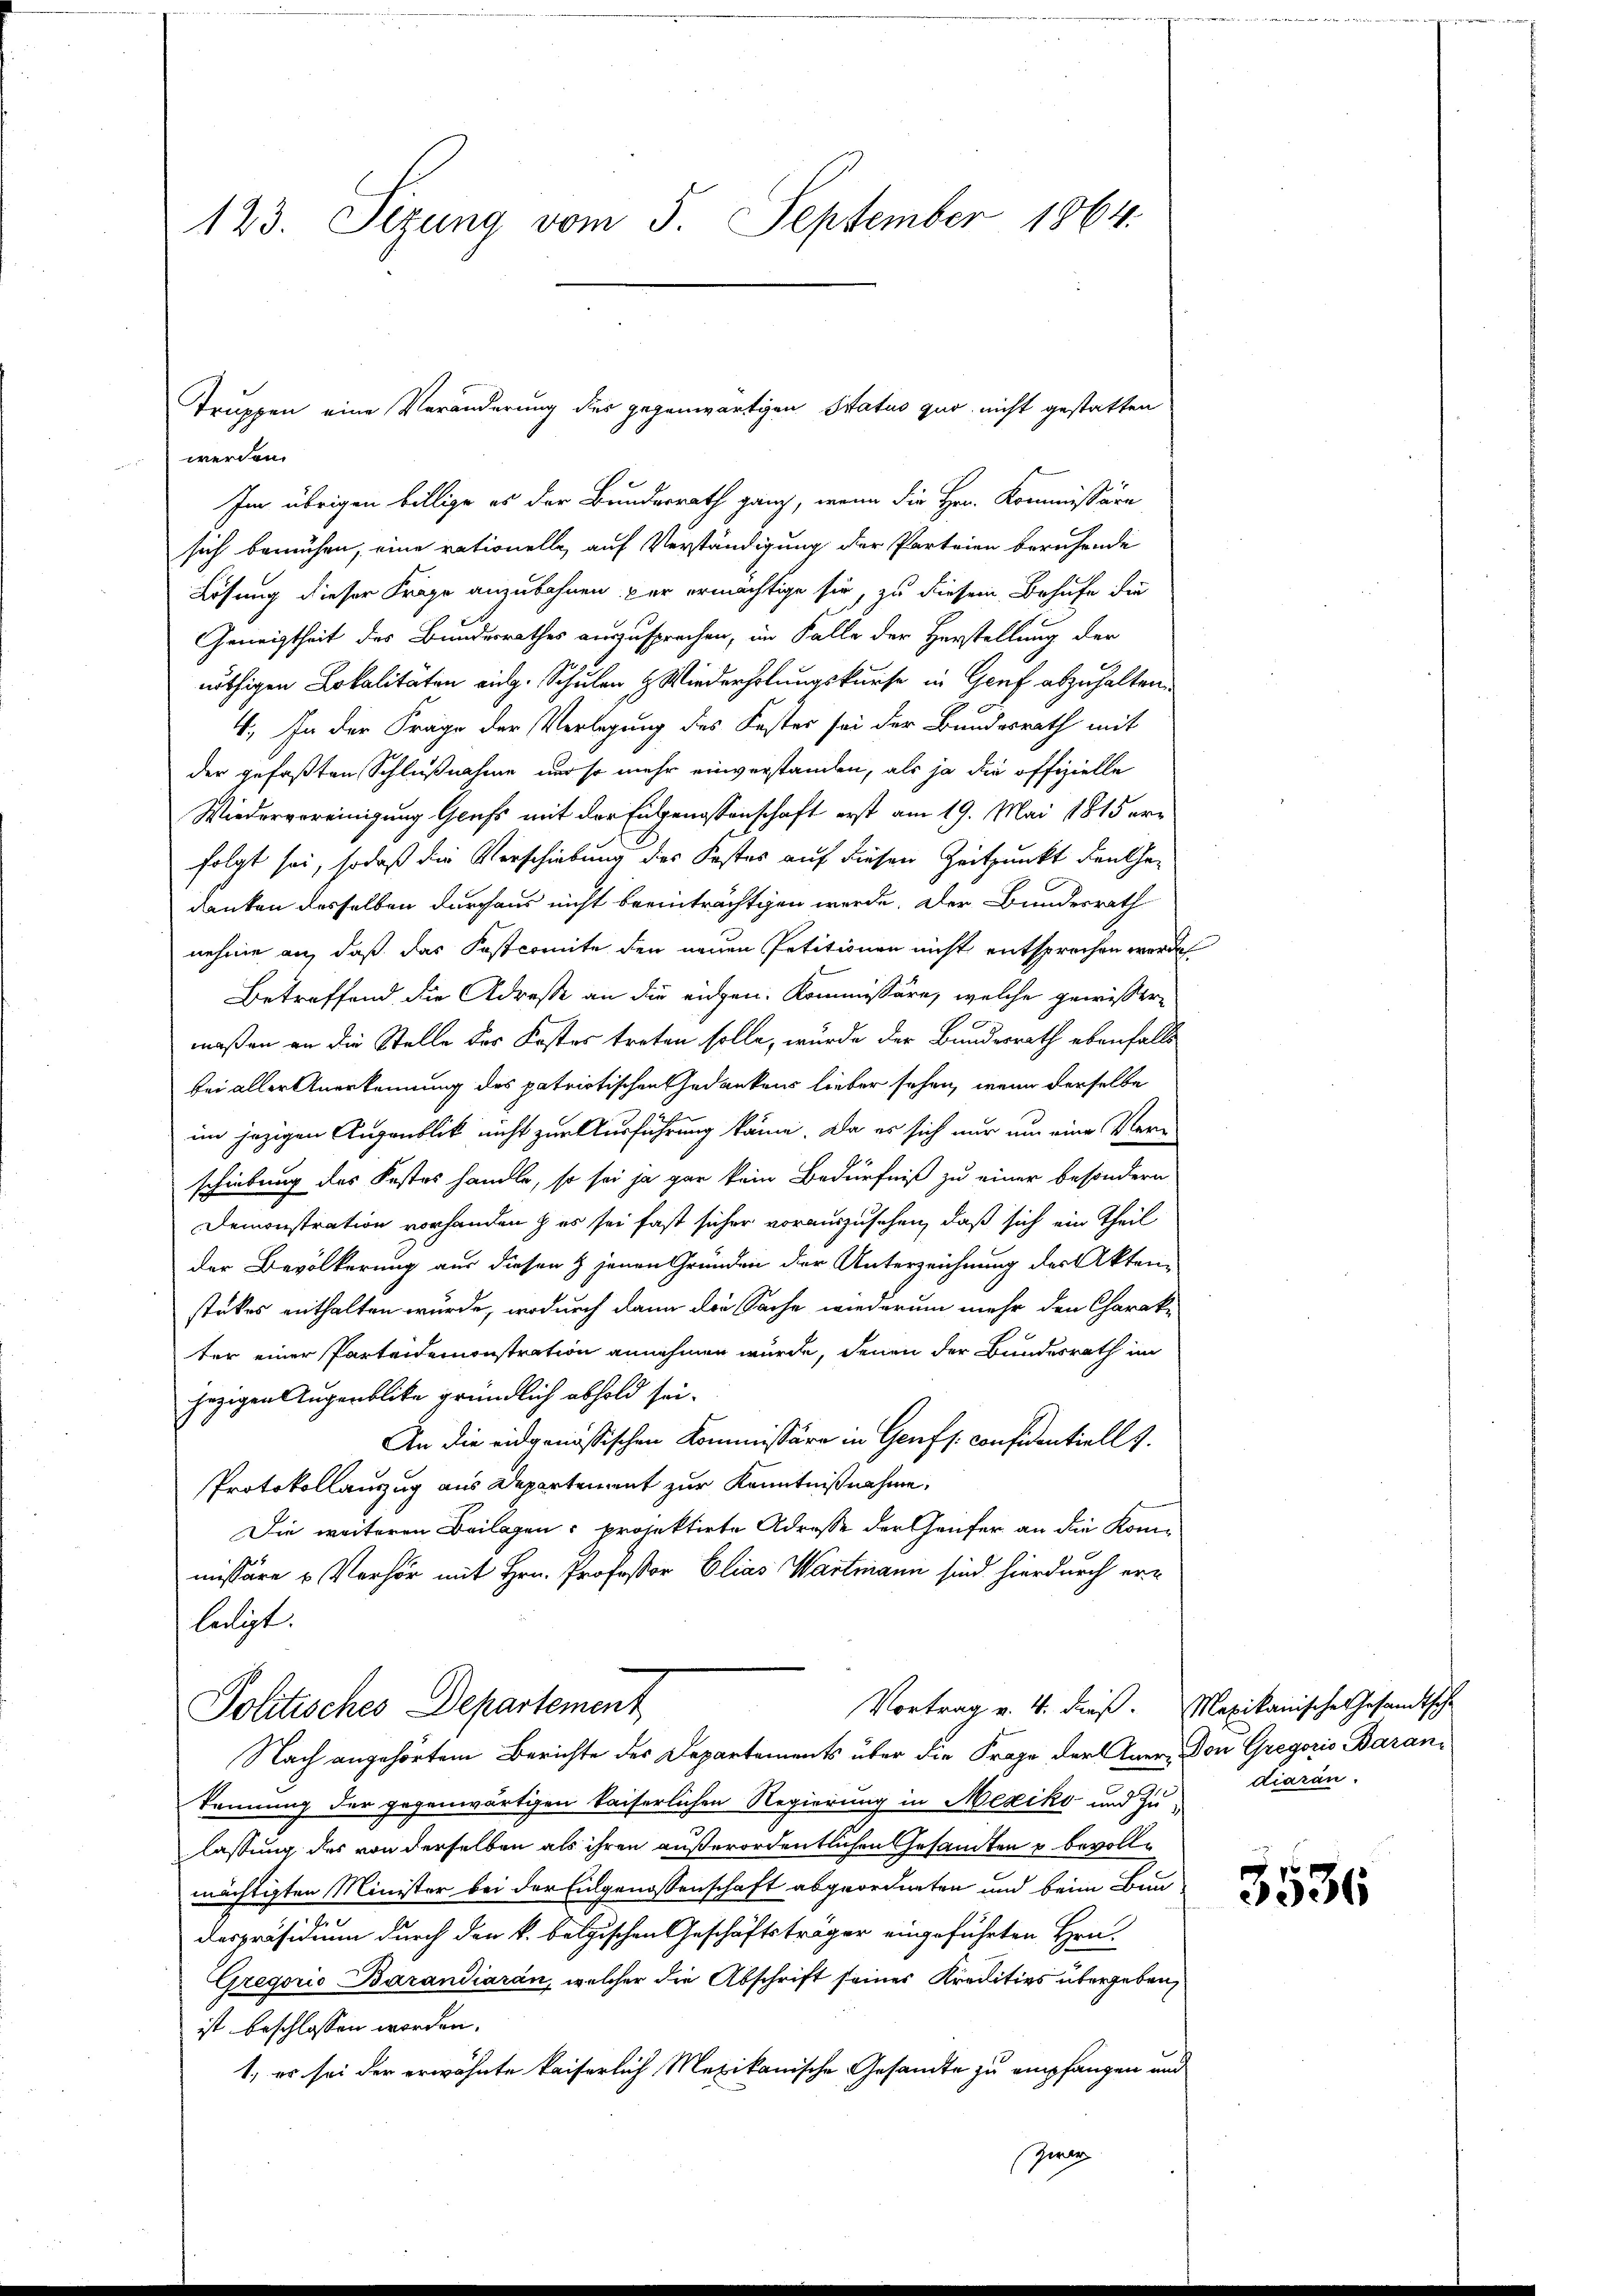
123. Sezung vom 5. September 1864.

werden.
Im übrigen billige es der Bundesrath ganz, wenn die Hrn. Kommissäre
sich bemühen, eine rationelle, auf Verständigung der Parteien beruhende
Lösung dieser Frage anzubahnen per ermächtige sie, zu diesem Behufe die
Geneigtheit des Bundesrathes auszusprechen, im Falle der Herstellung der
nöthigen Lokalitäten eilg. Schulen & Wiederholungskurse in Genf abzuhalten.
4. In der Frage der Verlegung des Koster sei der Bundesrath mit
der gefaßten Schlußnahme und so mehr einverstanden, als ja die offizielle
Wiedervereinigung Genf mit der Eidgenossenschaft erst am 19. Mai 1815 erfolgt sei, sodaß die Verschiebung des Kostes auf diesen Zeitpunkt denkha-
danken desselben durchaus nicht beeinträchtigen werde. Der Bundesrath
nehme an, daß das Postcomite den neuen Petitionen nicht entsprochen werde.
Betreffend die Adresse an die eidgen. Kommissäre, welche gewissermaßen an die Stelle des Kostes treten solle, wurde der Bundesrath ebenfalls
bei aller Anerkennung des patriotischen Gedankens lieber sehen, wenn derselbe
im jezigen Augenblick nicht zur Ausführung kann. Da es sich nur um eine Ver-
A
schiebung des Kostes handle, so sei ja gar kein Bedürfniß zu einer besondern
Demonstration vorhanden & es sei fast sicher vorauszusehen, daß sich ein Theil
der Bevölkerung aus diesen & jenen Gründen der Unterzeichnung der Akten
stükes enthalten wurde, wodurch dann die Sache wiederum mehr den Charak-
ter einer Parteidemonstration annehmen wurde, denen der Bundesrath im
jezigen Augenblicke gründlich abhold sei.
An die eidgenößischen Kommissäre in Genf s. confidentiell I.
Protokollauszug aus Departement zur Kenntnißnahme,
Die weiteren Beilagen: projektirte Adresse der Genfer an die Kommissäre u Verhör mit Hrn. Professor Elias Wartmann sind hierdurch erbeiligt.
Vortrag v. 4. dieß. Mexikanische Gesandtsche
Politisches Departement
Nach angehörtem Berichte des Departements über die Frage der Aner- Von Gregoris Barankennung der gegenwärtigen kaiserlichen Regierung in Mexiko- und Zu-
lassung des von derselben als ihren außerordentlichen Gesandten u bevollmächtigten Minister bei der Eidgenossenschaft abgeordneten und beim Bun-
despräsidium durch den k. belgischen Geschäftsträger eingeführten Hrn.
Gregoris Barandiaran, welcher die Abschrift seines Kreditivs übergeben,
ist beschlossen worden.
1, es sei der erwähnte kaiserlich Mexikanische Gesandte zu empfangen und
Zwer

Truppen eine Veränderung des gegenwärtigen Status quo nicht gestatten

diaran.

3536